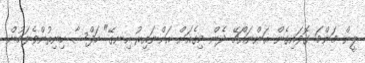
ލީން މަންމަ ގޮވައިގެން އަންނައްޗޭ ދެން މިގެއަށް އަންނައިރު އިނގޭ" ހަފްސާ ހިނިތުންވެލަމުން